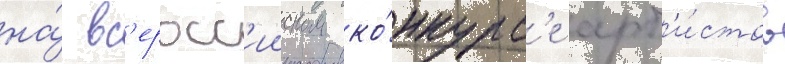
на́ вс'еросс'ииском ко́нкурс'е арт'и́стов